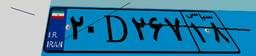
۲۰D۲۶۷۱۸